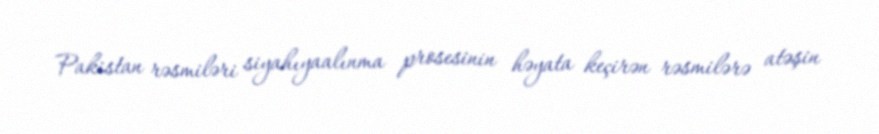
Pakistan rəsmiləri siyahıyaalınma prosesinin həyata keçirən rəsmilərə atəşin